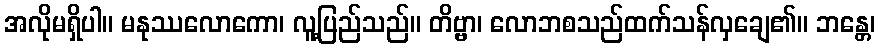
အလိုမရှိပါ။ မနုဿလောကော၊ လူ့ပြည်သည်။ တိဗ္ဗာ၊ လောဘစသည်ထက်သန်လှချေ၏။ ဘန္တေ၊